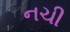
નચી